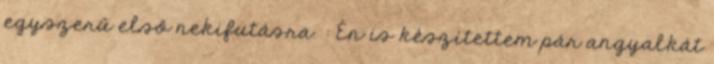
egyszerű első nekifutásra. : Én is készítettem pár angyalkát